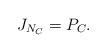
LaTeX: \begin{align*}J_{N_C}=P_C.\end{align*}